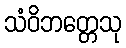
သံဝိဘတ္တေသု